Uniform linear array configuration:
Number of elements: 16
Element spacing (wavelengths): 0.25
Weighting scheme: binomial
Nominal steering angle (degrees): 0
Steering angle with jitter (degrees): -0.5586
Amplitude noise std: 0.05
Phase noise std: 0.05

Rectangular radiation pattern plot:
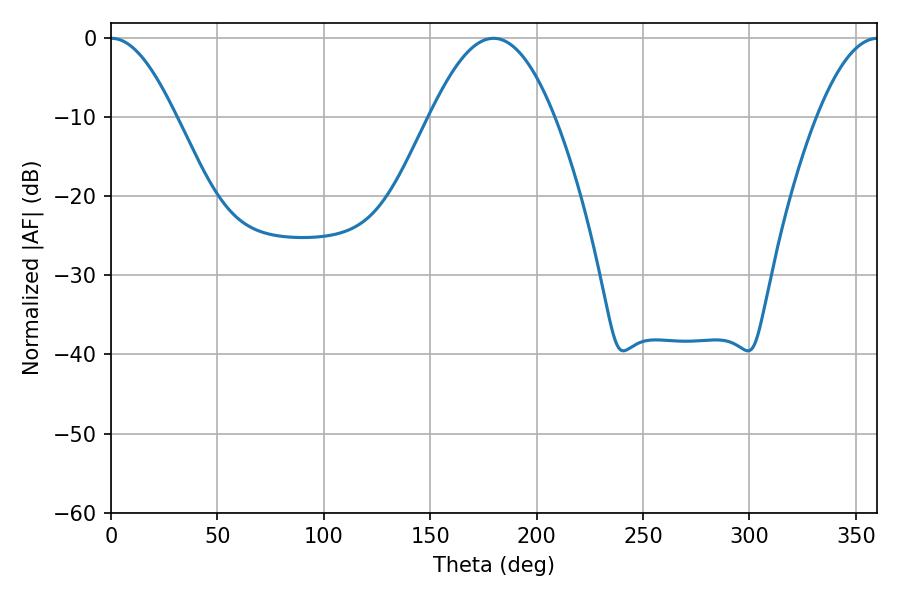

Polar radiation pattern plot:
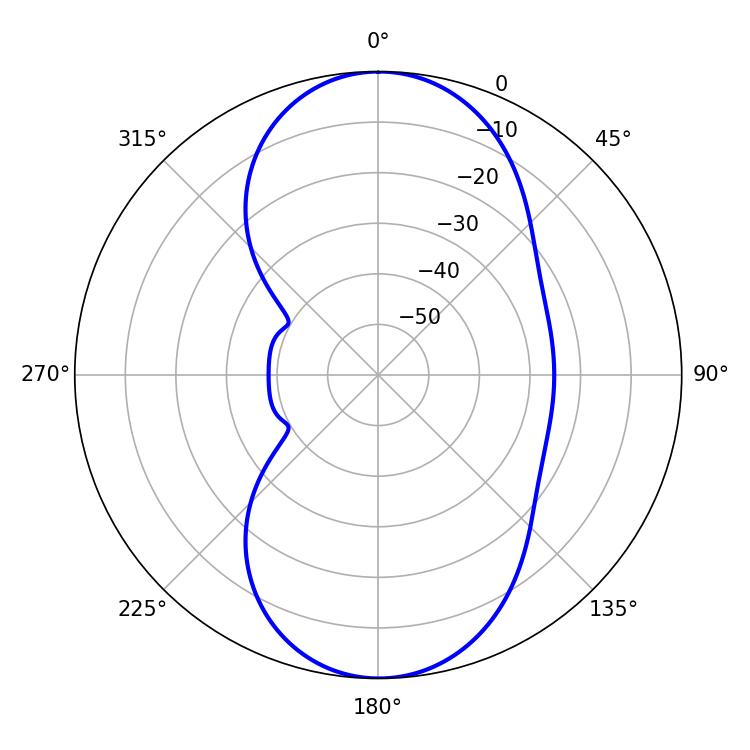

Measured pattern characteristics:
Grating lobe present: FALSE
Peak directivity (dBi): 19.097
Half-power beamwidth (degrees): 16.38
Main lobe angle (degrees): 0.18